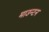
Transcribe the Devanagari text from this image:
माउन्टन